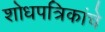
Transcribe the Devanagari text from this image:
शोधपत्रिकांचे